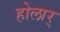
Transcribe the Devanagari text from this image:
होलार्